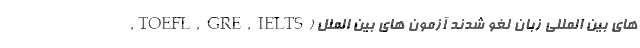
های بین المللی زبان لغو شدند آزمون های بین الملل (TOEFL, GRE, IELTS,